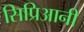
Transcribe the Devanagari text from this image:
सिप्रिआनी